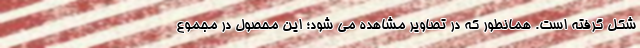
شکل گرفته است. همانطور که در تصاویر مشاهده می شود؛ این محصول در مجموع